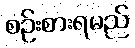
စဉ်းစားရမည်